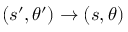
( s ^ { \prime } , \theta ^ { \prime } ) \to ( s , \theta )